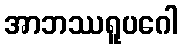
အာဘဿရူပဂေါ